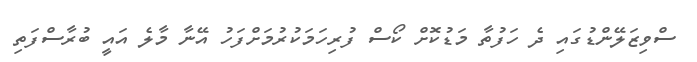
ސްވިޒަލޭންޑުގައި ދެ ހަފުތާ މަޑުކޮށް ކޯސް ފުރިހަމަކުރުމަށްފަހު އޭނާ މާލެ އައީ ބުރާސްފަތި